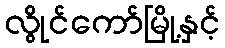
လွိုင်ကော်မြို့နှင့်